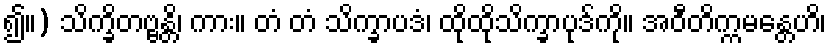
၍။) သိက္ခိတဗ္ဗန္တိ၊ ကား။ တံ တံ သိက္ခာပဒံ၊ ထိုထိုသိက္ခာပုဒ်ကို။ အဝီတိက္ကမန္တေဟိ၊